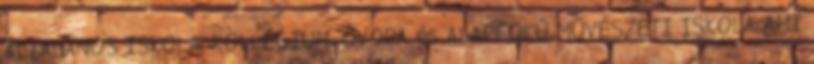
ÁLTALÁNOS ISKOLA, KOLLÉGIUM, ÓVODA és ALAPFOKÚ MŰVÉSZETI ISKOLA AMI